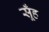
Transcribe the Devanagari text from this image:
सूँह